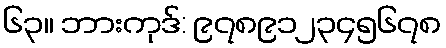
၆၃။ ဘားကုဒ်: ၉၇၈၉၁၂၃၄၅၆၇၈